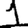
Digit: 1